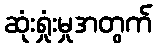
ဆုံးရှုံးမှုအတွက်